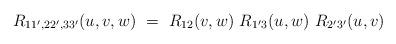
LaTeX: \begin{align*}R_{11',22',33'}(u,v,w)\ =\ R_{12}(v,w)\ R_{1'3}(u,w)\ R_{2'3'}(u,v)\end{align*}